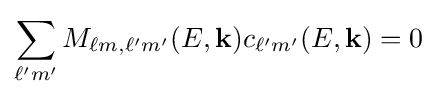
\sum _{\ell 'm'}M_{\ell m,\ell 'm'}(E,{\bf {k}})c_{\ell 'm'}(E,{\bf {k}})=0